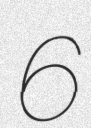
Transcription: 6